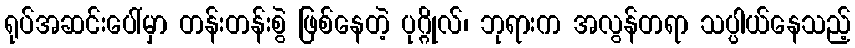
ရုပ်အဆင်းပေါ်မှာ တန်းတန်းစွဲ ဖြစ်နေတဲ့ ပုဂ္ဂိုလ်၊ ဘုရားက အလွန်တရာ သပ္ပါယ်နေသည့်